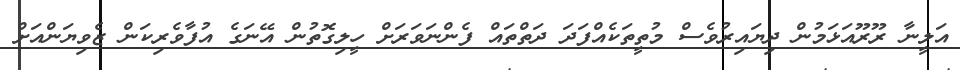
އަލީނާ ރޫރޫއަޅަމުން ދިޔައިރުވެސް މުތީތަކެއްފަދަ ދަތްތައް ފެންނަވަރަށް ހީލިގޮތުން އޭނަގެ އުފާވެރިކަން ޒެވިޔަންއަށް